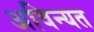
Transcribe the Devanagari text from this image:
अविन्यत